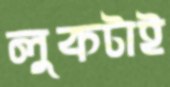
লুকটাই